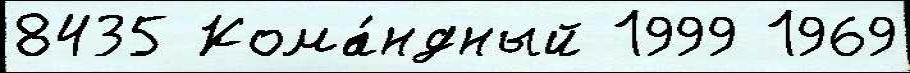
8435 Кома́ндный 1999 1969